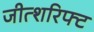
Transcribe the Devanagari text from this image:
जीत्शरिफ्ट